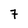
Character: 7